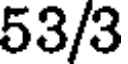
53/3